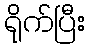
ရိုက်ပြီး